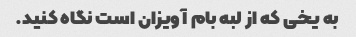
به یخی که از لبه بام آویزان است نگاه کنید.